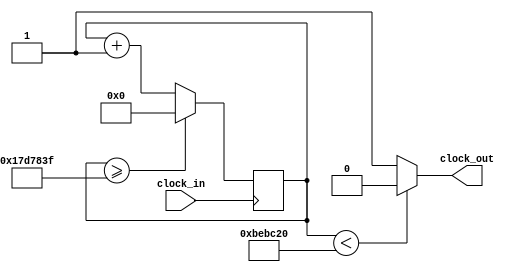
module Clock_divider(clock_in,clock_out);
	input clock_in;
	output clock_out;
	reg[27:0] counter=28'd0;
	parameter DIVISOR = 28'd25000000;
	
	always @(posedge clock_in)
	begin
	 counter <= counter + 28'd1;
	 if(counter>=(DIVISOR-1))
	  counter <= 28'd0;
	end
	assign clock_out = (counter<DIVISOR/2)?1'b0:1'b1;
endmodule

module fsm(CLK, RESET, ONE, ZERO, OUT, tmpout, tmpone, tmpzero, state);
    input CLK, RESET, ONE, ZERO;
    output OUT;
    output reg [3:0] state=0;
    reg prev0=0, prev1=0;
	 wire CLKOUT;
	 output tmpout, tmpone, tmpzero;
	
	 Clock_divider uut(CLK, CLKOUT);
	 reg flag=0;
		
    always @(negedge ZERO) begin prev0 <= 0; end
    always @(negedge ONE) begin prev1 <= 0; end
    
	 assign OUT = (state == 8);
	 assign tmpout = CLKOUT;
	 assign tmpone = ONE;
	 assign tmpzero = ZERO;
	 
    always @(posedge CLKOUT) begin
			
        if (RESET == 1) begin
            state <= 0;
            prev0 <= 0;
            prev1 <= 0;
        end
        else begin
            case (state)
				0 : begin 
						if (~prev0 & ZERO) begin prev0 <= 1; prev1 <= 1; state <= 1; end
						else if (~prev1 & ONE) begin prev0 <= 1; prev1 <= 1; state <= 2; end
					end
				1 : begin 
						if (~prev0 & ZERO) begin prev0 <= 1; prev1 <= 1; state <= 3; end
						else if (~prev1 & ONE) begin prev0 <= 1; prev1 <= 1; state <= 4; end
					end
				2 : begin 
						if (~prev0 & ZERO) begin prev0 <= 1; prev1 <= 1; state <= 4; end
						else if (~prev1 & ONE) begin prev0 <= 1; prev1 <= 1; state <= 5; end
					end
				3 : begin 
						if (~prev0 & ZERO) begin prev0 <= 1; prev1 <= 1; state <= 3; end
						else if (~prev1 & ONE) begin prev0 <= 1; prev1 <= 1; state <= 6; end
					end
			   4 : begin 
						if (~prev0 & ZERO) begin prev0 <= 1; prev1 <= 1; state <= 6; end
						else if (~prev1 & ONE) begin prev0 <= 1; prev1 <= 1; state <= 7; end
					end
				5 : begin 
						if (~prev0 & ZERO) begin prev0 <= 1; prev1 <= 1; state <= 7; end
						else if (~prev1 & ONE) begin prev0 <= 1; prev1 <= 1; state <= 5; end
				   end
				6 : begin 
						if (~prev0 & ZERO) begin prev0 <= 1; prev1 <= 1; state <= 6; end
						else if (~prev1 & ONE) begin prev0 <= 1; prev1 <= 1; state <= 8; end
					end
            7 : begin 
				   	if (~prev0 & ZERO) begin prev0 <= 1; prev1 <= 1; state <= 8; end
						else if (~prev1 & ONE) begin prev0 <= 1; prev1 <= 1; state <= 7; end
					end
				endcase
			end
			prev0 <= 1;
			prev1 <= 1;
		end		
endmodule